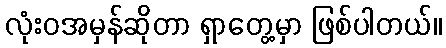
လုံးဝအမှန်ဆိုတာ ရှာတွေ့မှာ ဖြစ်ပါတယ်။